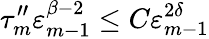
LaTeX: \tau_{m}^{\prime\prime}\varepsilon_{m-1}^{\beta-2}\leq C\varepsilon_{m-1}^{2\delta}